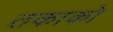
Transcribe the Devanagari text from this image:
तकाको